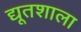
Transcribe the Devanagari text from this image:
द्यूतशाला